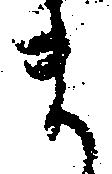
ま